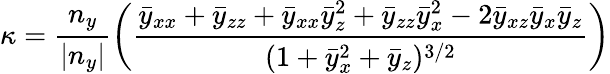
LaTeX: \kappa=\frac{n_{y}}{|n_{y}|}\left(\frac{\bar{y}_{xx}+\bar{y}_{zz}+\bar{y}_{xx}\bar{y}_{z}^{2}+\bar{y}_{zz}\bar{y}_{x}^{2}-2\bar{y}_{xz}\bar{y}_{x}\bar{y}_{z}}{(1+\bar{y}_{x}^{2}+\bar{y}_{z})^{3/2}}\right)